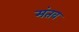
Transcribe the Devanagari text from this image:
मंतव